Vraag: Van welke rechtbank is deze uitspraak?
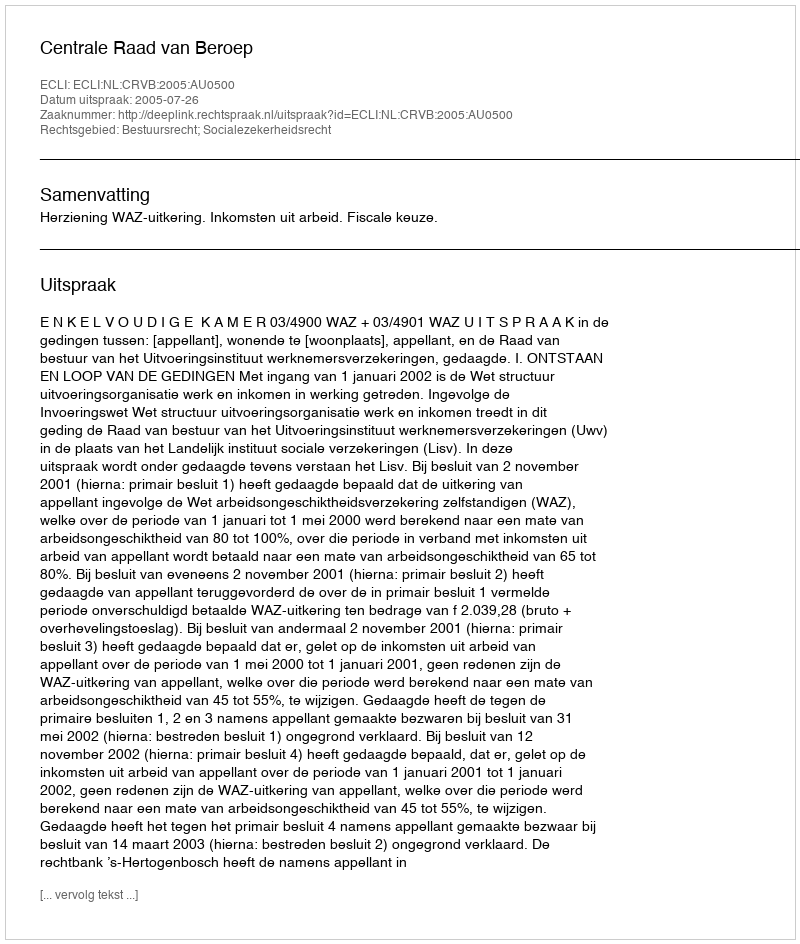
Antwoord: Centrale Raad van Beroep